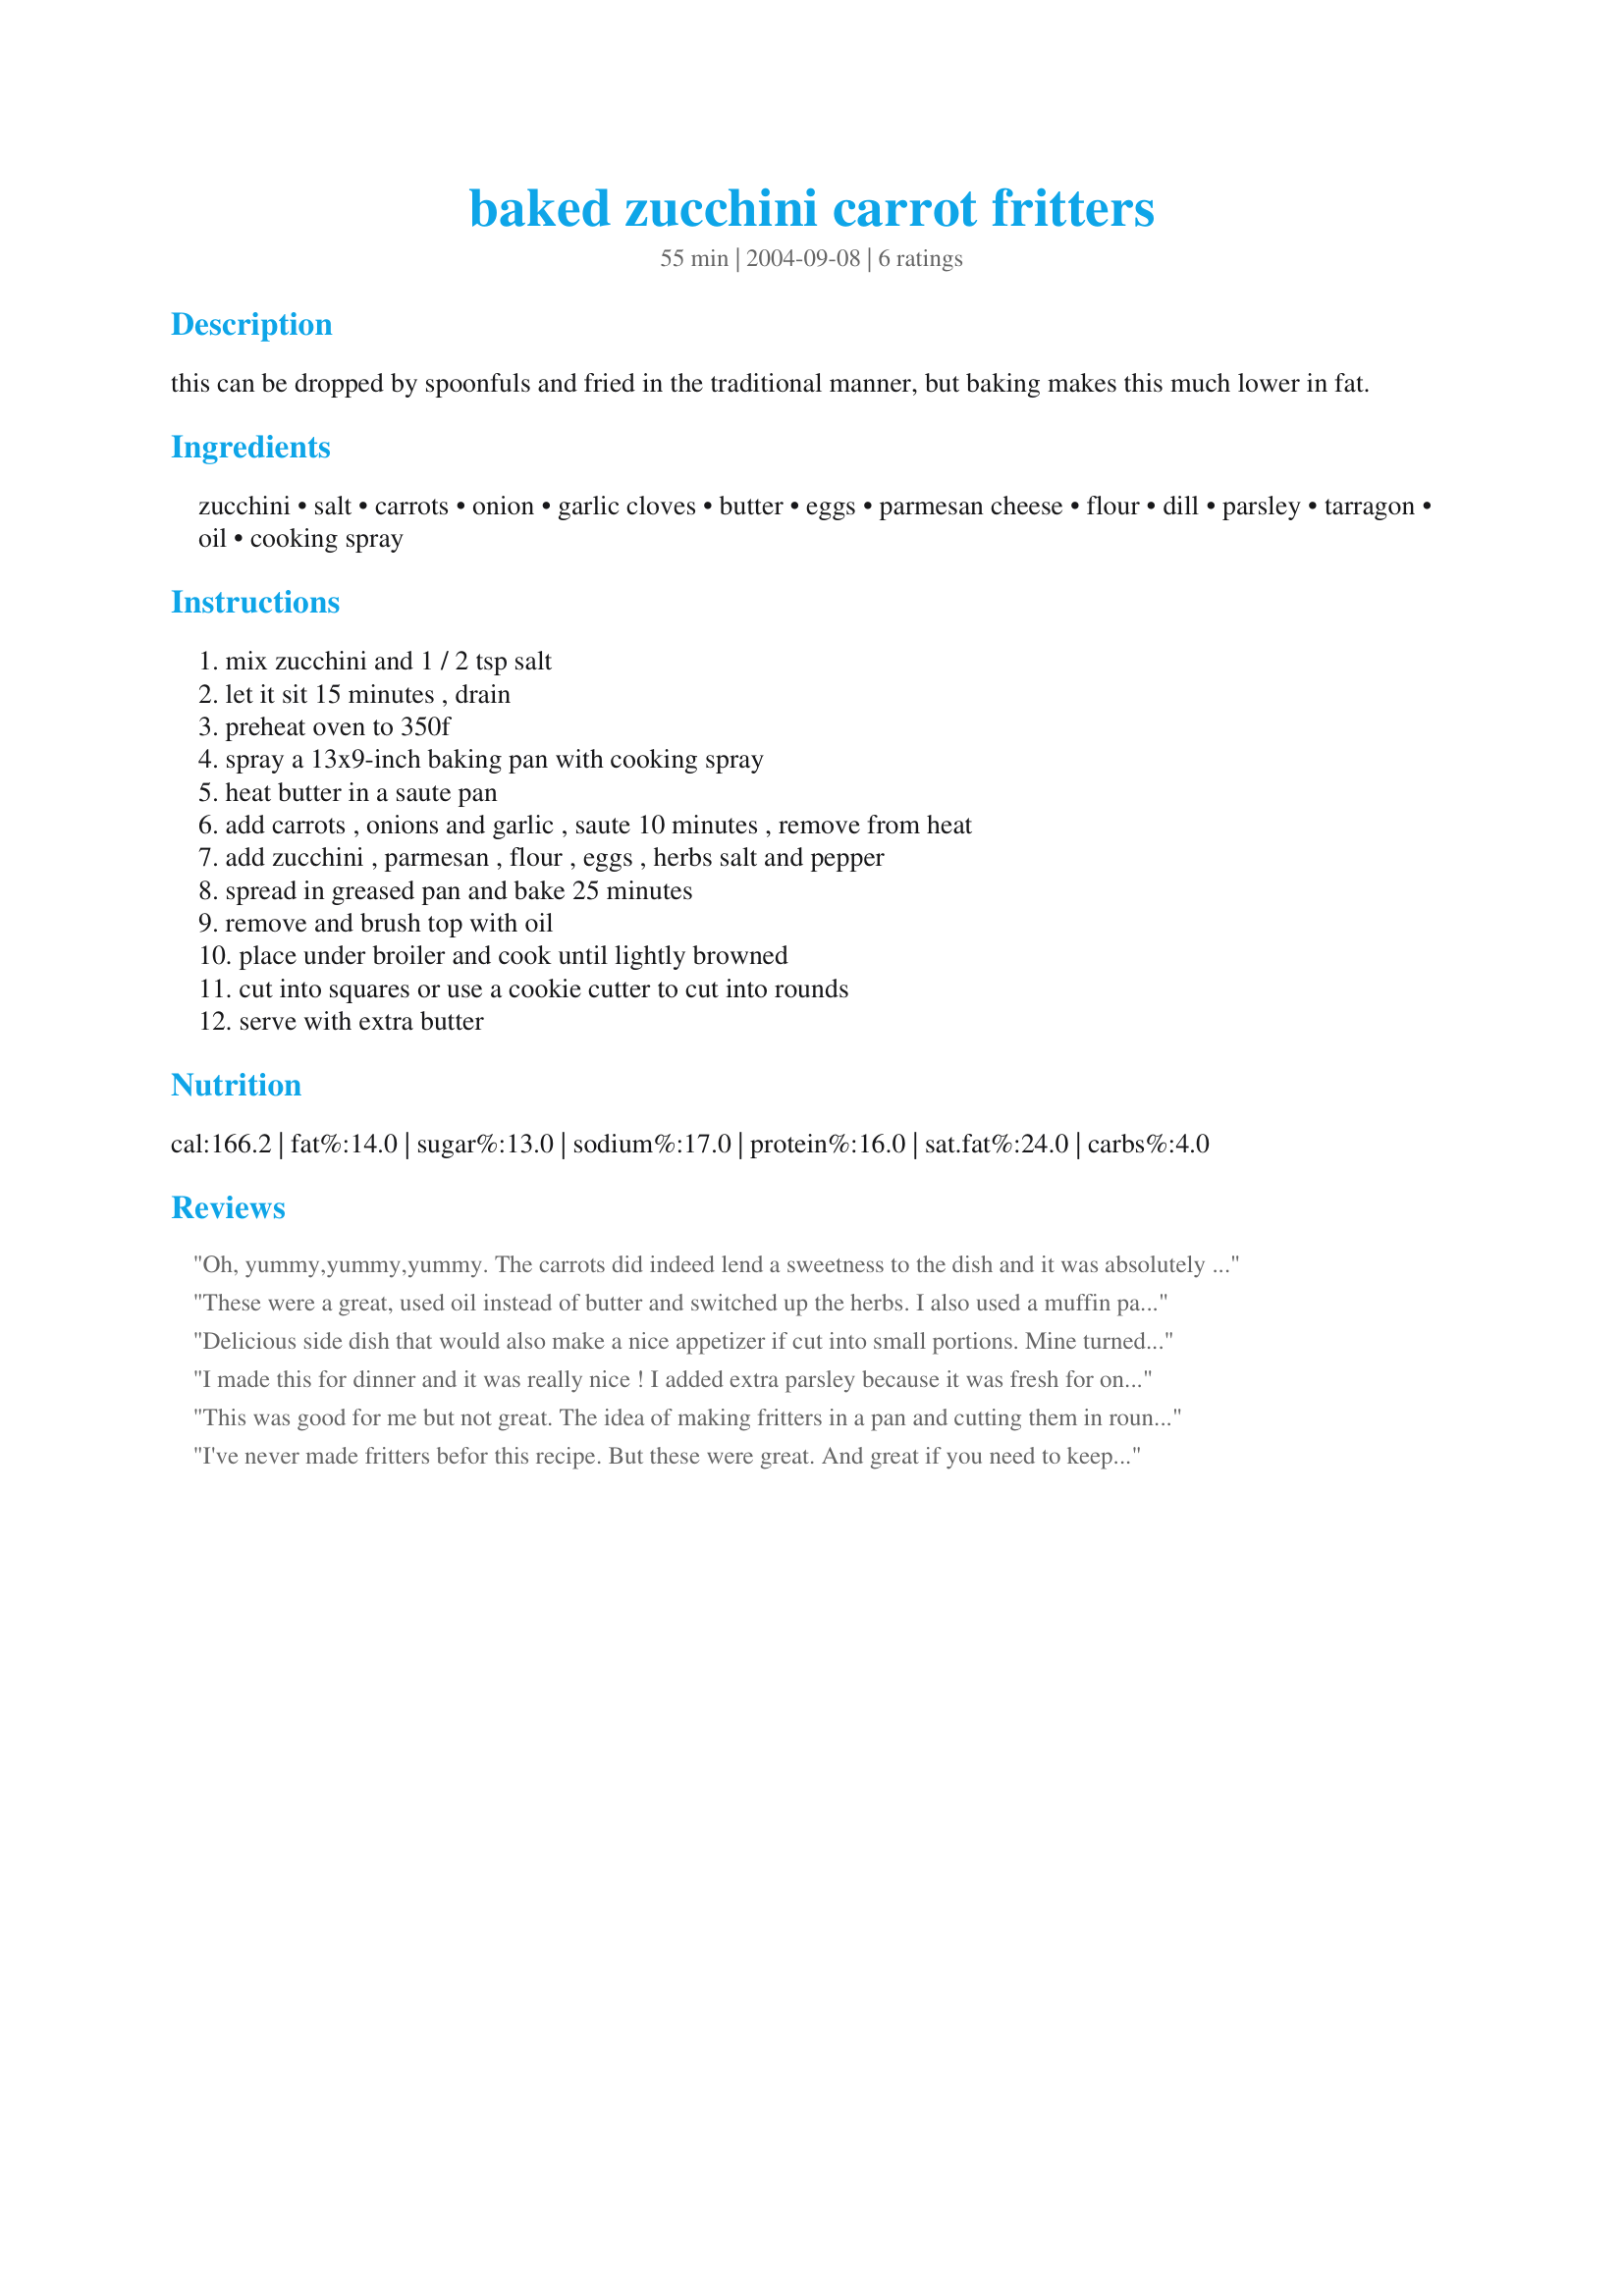
baked zucchini carrot fritters
Preparation time: 55 minutes

this can be dropped by spoonfuls and fried in the traditional manner, but baking makes this much lower in fat.

Ingredients:
zucchini, salt, carrots, onion, garlic cloves, butter, eggs, parmesan cheese, flour, dill, parsley, tarragon, oil, cooking spray

Steps:
mix zucchini and 1 / 2 tsp salt, let it sit 15 minutes , drain, preheat oven to 350f, spray a 13x9-inch baking pan with cooking spray, heat butter in a saute pan, add carrots , onions and garlic , saute 10 minutes , remove from heat, add zucchini , parmesan , flour , eggs , herbs salt and pepper, spread in greased pan and bake 25 minutes, remove and brush top with oil, place under broiler and cook until lightly browned, cut into squares or use a cookie cutter to cut into rounds, serve with extra butter

Reviews:
Oh, yummy,yummy,yummy. The carrots did indeed lend a sweetness to the dish and it was absolutely perfect in my humble opinion! I did not have dill or tarragon so I used parsley, basil, thyme, and oregano for my herbs. Aside from that, I followed the recipe exactly. Had carrots and zucchini that needed eating up and I cannot make zucchini taste good sauteed no matter what I try. Recipezaar to the rescue, yet again!! I think the bigger baking pan is to get a thin spread so as to crisp it up a bit. Will make a regular rotation of this. Thank You, chia!!
These were a great, used oil instead of butter and switched up the herbs. I also used a muffin pan to cook them so that i could have them in a single serving format. Good recipe!
Delicious side dish that would also make a nice appetizer if cut into small portions. Mine turned out to be somewhat like a crustless quiche. A 13X9 in pan seemed too large to me for the amount of mixture, so I used a slightly smaller 20X30 cm (approx) pan. The carrots give it a sweet taste, and the herbs and seasoning are perfect in my opinion. I didn't bother with brushing with oil and broiling as mine was a lovely brown after the inital 25 minutes baking time. I think this is a good recipe to use to get the non-veggie lovers to eat their vegetables. Thanks for posting.
I made this for dinner and it was really nice ! I added extra parsley because it was fresh for once . I replaced the tarragon with poppy seeds - they really made a difference ,I think. I also tossed in a few leftover kidney beans from a quesadilla-side-salad the night before ,but they didn't make much difference.I cooked it in a pie pie plate and cut into traingles - I found I liked them much more cooled , they were similar to a spanish frittata but more veggie- and herbie- ish. I also had more zucchini than carrot. As well, when saute'ing the carrot , I tossed in a bit of maple syrup to really sweeten up the carrots. I served it with meatballs on a salad of spinach leaves and organic tomatoes. Anyway , I changed it here and there but it managed to be quite nice in spite of that :) and I'll be remembering it as its' easy, healthy and yummy ! Thanks !
This was good for me but not great. The idea of making fritters in a pan and cutting them in rounds seemed like a good idea to me. I like all kinds of fritters but they can be a pain to pan fry because they often fall apart. My problem with this dish is that it tasted more like a quiche than a fritter. You usually use eggs to bind fritters but much less in proportion to the other ingredients. I liked the way these crisped up because they were so thin but they seemed kind of unsubstantial and didn&#039;t look as pretty as a pan fried fritter. So in the end this is a good dish to get some veggies in you but I would either tweak it next time or go back to cooking them in a pan.
I've never made fritters befor this recipe. But these were great. And great if you need to keep your food budget in-check.
